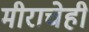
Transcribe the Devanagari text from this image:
मीराचेही